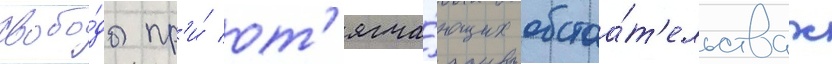
свобо́ды пр'и́ от'ягча́ющих обстоа́т'ельствах